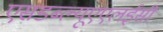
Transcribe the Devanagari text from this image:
एसडब्ल्यूएएलईसी